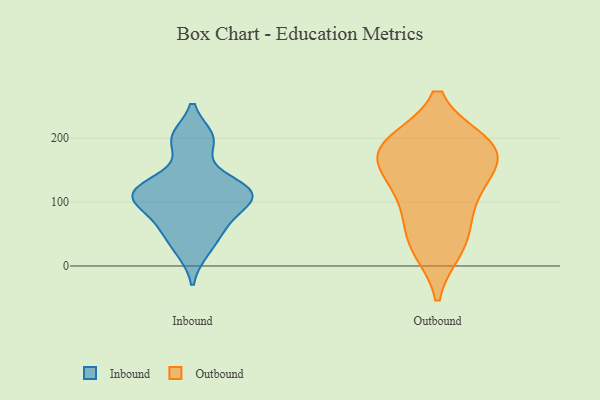
{"axis": {"x": "Revenue (USD Million)", "y": "Value"}, "legend": ["Inbound", "Outbound"], "data": [{"x": "", "y": 200, "type": "Inbound"}, {"x": "", "y": 101, "type": "Inbound"}, {"x": "", "y": 109, "type": "Inbound"}, {"x": "", "y": 197, "type": "Inbound"}, {"x": "", "y": 24, "type": "Inbound"}, {"x": "", "y": 130, "type": "Inbound"}, {"x": "", "y": 113, "type": "Inbound"}, {"x": "", "y": 103, "type": "Inbound"}, {"x": "", "y": 126, "type": "Inbound"}, {"x": "", "y": 65, "type": "Inbound"}, {"x": "", "y": 56, "type": "Inbound"}, {"x": "", "y": 110, "type": "Outbound"}, {"x": "", "y": 186, "type": "Outbound"}, {"x": "", "y": 34, "type": "Outbound"}, {"x": "", "y": 191, "type": "Outbound"}, {"x": "", "y": 168, "type": "Outbound"}, {"x": "", "y": 185, "type": "Outbound"}, {"x": "", "y": 119, "type": "Outbound"}, {"x": "", "y": 28, "type": "Outbound"}, {"x": "", "y": 69, "type": "Outbound"}, {"x": "", "y": 188, "type": "Outbound"}, {"x": "", "y": 151, "type": "Outbound"}]}